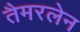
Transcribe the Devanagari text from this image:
तैमरलेन